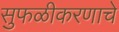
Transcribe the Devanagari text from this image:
सुफळीकरणाचे